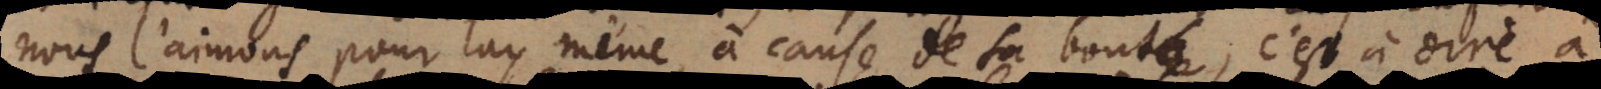
s l’aimons pour luy même à cause de sa bonté, c’est à dire à